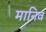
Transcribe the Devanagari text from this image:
मानिव